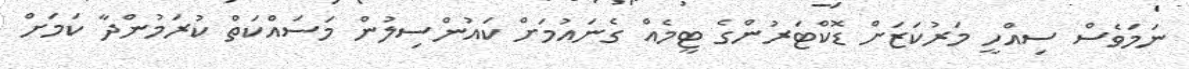
ނަމަވެސް ސިއްހީ މަރުކަޒަށް ޑޮކްޓަރުންގެ ޓީމެއް ގެނައުމަށް ކައުންސިލުން މަސައްކަތް ކުރަމުންދާ ކަމަށް